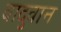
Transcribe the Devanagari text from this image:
वादुवान